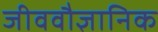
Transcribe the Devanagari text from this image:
जीववौज्ञानिक